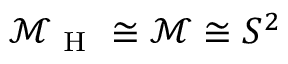
\mathcal { M } _ { \mathrm { ~ H ~ } } \cong \mathcal { M } \cong S ^ { 2 }